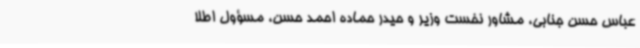
عباس حسن جنابی، مشاور نخست وزیر و حیدر حماده احمد حسن، مسؤول اطلا